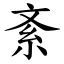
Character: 紊